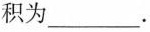
积为___.